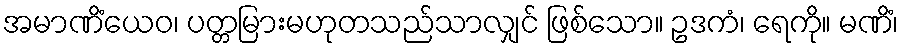
အမာဏိံယေဝ၊ ပတ္တမြားမဟုတသည်သာလျှင် ဖြစ်သော။ ဥဒကံ၊ ရေကို။ မဏိံ၊